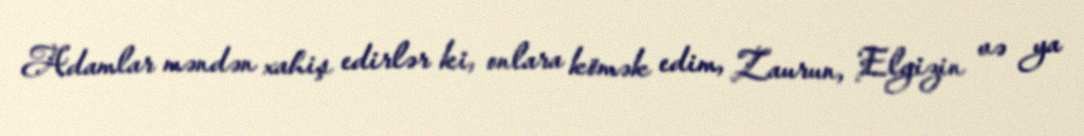
Adamlar məndən xahiş edirlər ki, onlara kömək edim, Zaurun, Elgizin və ya